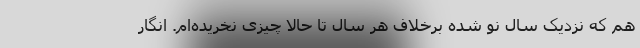
هم که نزدیک سال نو شده برخلاف هر سال تا حالا چیزی نخریده‌ام. انگار